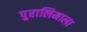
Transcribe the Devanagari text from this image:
पुरालिमाला